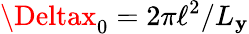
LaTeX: \Deltax_{0}=2\pi\ell^{2}/L_{\mathbf{y}}